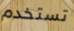
تستخدم